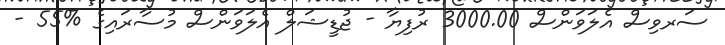
ސަރވިސް އެލަވަންސް 3000.00 ރުފިޔާ - ޖުޑީޝަލް އެލަވަންސް މުސާރައިގެ %55 -